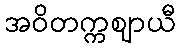
အဝိတက္ကဈာယီ